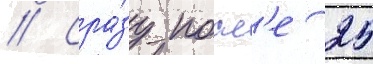
// Сра́зу посл'е 25